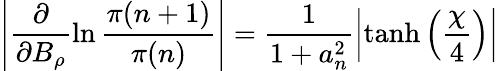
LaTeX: \left|\frac{\partial}{\partial B_{\rho}}\ln\frac{\pi(n+1)}{\pi(n)}\right|=\frac{1}{1+a_{n}^{2}}\left|\operatorname{tanh}\left(\frac{\chi}{4}\right)\right|